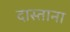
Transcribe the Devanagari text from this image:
दास्ताना